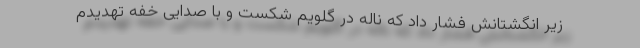
زیر انگشتانش فشار داد که ناله در گلویم شکست و با صدایی خفه تهدیدم